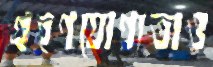
গ্রহণযোগ্যতাও